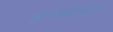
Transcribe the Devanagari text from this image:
इंटरकंटीनेंटल